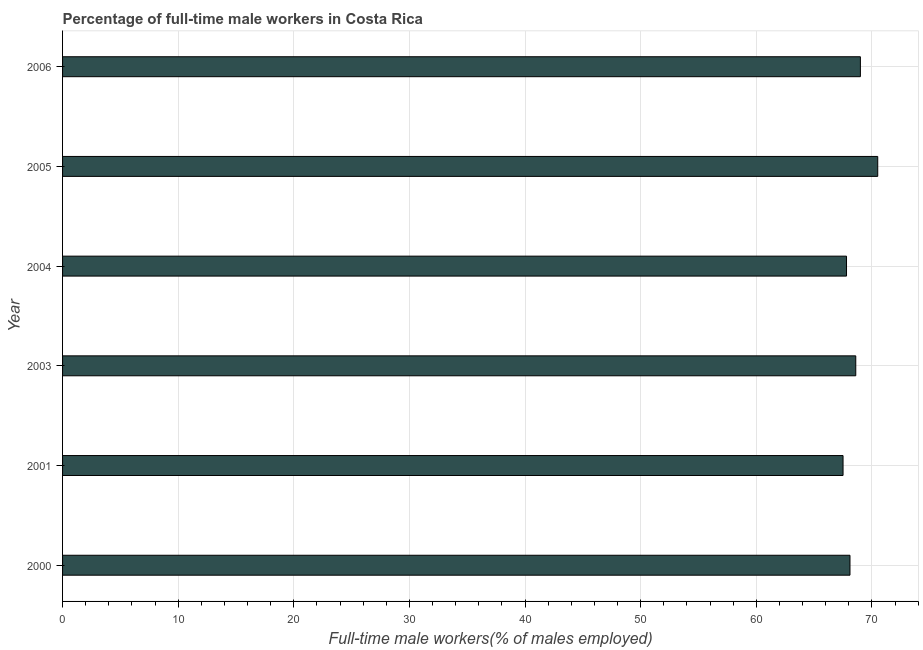
| Year | Wage and salary workers |
 | --- | --- |
 | 2000 | 68.1 |
 | 2001 | 67.5 |
 | 2003 | 68.6 |
 | 2004 | 67.8 |
 | 2005 | 70.5 |
 | 2006 | 69 |